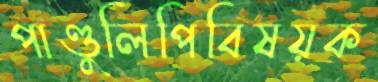
পাণ্ডুলিপিবিষয়ক